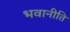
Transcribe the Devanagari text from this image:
भवानीति